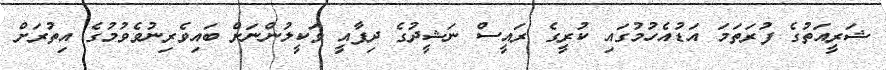
ޝަރީއަތުގެ ފުރަތަމަ އަޑުއެހުމުގައި ކުރީގެ ރައީސް ނަޝީދުގެ ދިފާއީ ވަކީލުންނަށް ބައިވެރިނުވެވުމުގެ އިތުރަށް